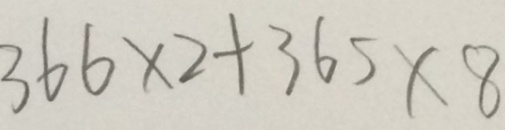
3 6 6 \times 2 + 3 6 5 \times 8